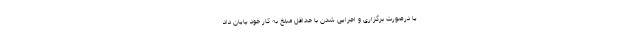
یا درصورت برگزاری و اجرایی شدن با حداقل مبلغ به کار خود پایان داد